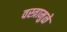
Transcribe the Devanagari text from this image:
वस्त्रामुळे